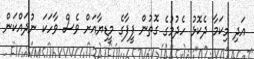
އަދި މިކަމާ ދެކޮޅު ހެދުމުގެ ގޮތުން ފީފާގެ މީޑިޔާއަށް ވެސް ވާހަކަ ނުދައްކަން